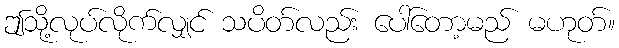
ဤသို့လုပ်လိုက်လျှင် သပိတ်လည်း ပေါ်တော့မည် မဟုတ်။